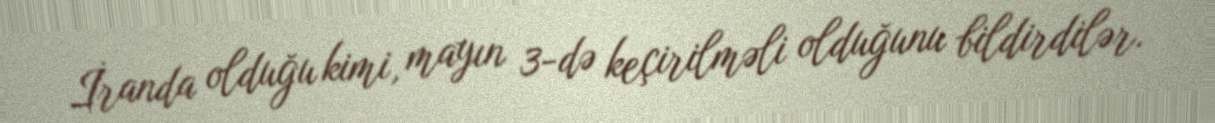
İranda olduğu kimi, mayın 3-də keçirilməli olduğunu bildirdilər.